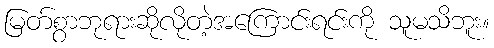
မြတ်စွာဘုရားဆိုလိုတဲ့အကြောင်းရင်းကို သူမသိဘူး။